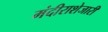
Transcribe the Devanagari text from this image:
मंदीराशेजारी